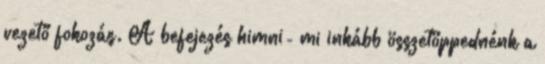
vezető fokozás. A befejezés himni- mi inkább összetöppednénk a